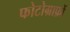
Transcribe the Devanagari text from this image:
फोटोग्राफ़ों